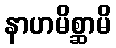
နာဟမိစ္ဆာမိ